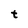
Character: t